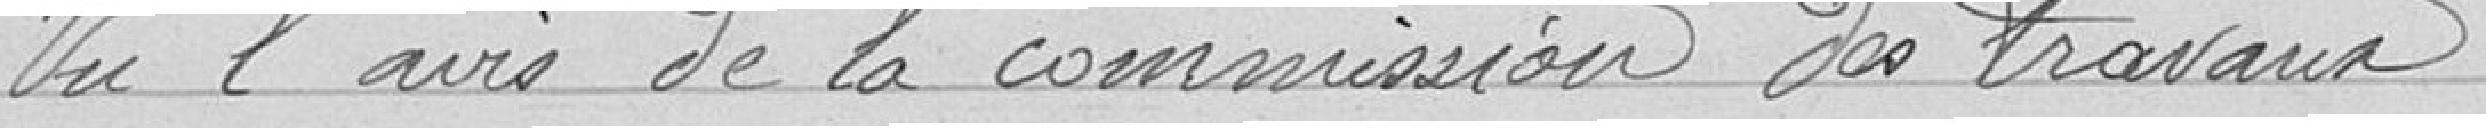
Vu l'avis de la commission des travaux,